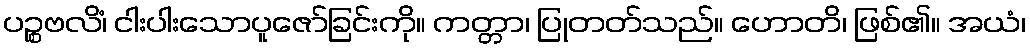
ပဉ္စဗလိံ၊ ငါးပါးသောပူဇော်ခြင်းကို။ ကတ္တာ၊ ပြုတတ်သည်။ ဟောတိ၊ ဖြစ်၏။ အယံ၊